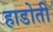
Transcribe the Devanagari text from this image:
हाडोती